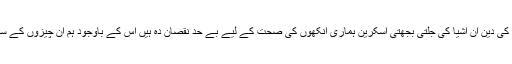
ماہرین کے مطابق جدید ٹیکنالوجی کی دین ان اشیا کی جلتی بجھتی اسکرین ہماری آنکھوں کی صحت کے لیے بے حد نقصان دہ ہیں اس کے باوجود ہم ان چیزوں کے ساتھ بے تحاشہ وقت گزار رہے ہیں۔